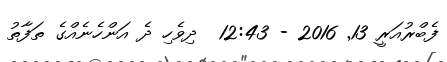
ފެބްރުއަރީ 13